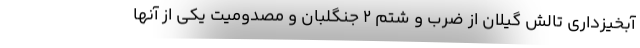
آبخیزداری تالش گیلان از ضرب و شتم ۲ جنگلبان و مصدومیت یکی از آنها